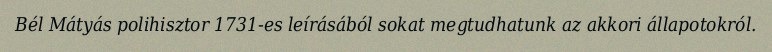
Bél Mátyás polihisztor 1731-es leírásából sokat megtudhatunk az akkori állapotokról.